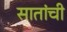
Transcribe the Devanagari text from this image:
सातांची